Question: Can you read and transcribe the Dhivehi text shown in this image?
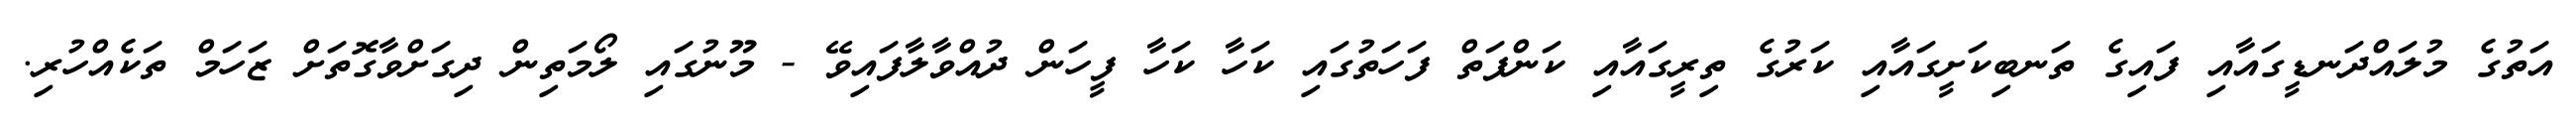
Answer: އަތުގެ މުލައްދަނޑީގައާއި ފައިގެ ތަނބިކަށީގައާއި ކަރުގެ ތިރީގައާއި ކަންފަތް ފަހަތުގައި ކަހާ ކަހާ ފީހަން ދުއްވާލާފައިވޭ - މޫނުގައި ލޯމަތިން ދިގަށްވާގޮތަށް ޒަހަމް ތަކެއްހުރި.